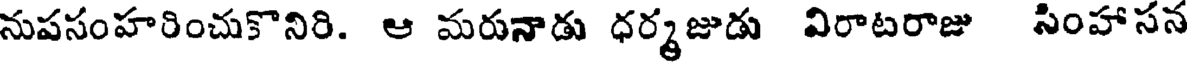
నుపసంహరించుకొనిరి. ఆ మరునాడు ధర్మజుడు విరాటరాజు సింహాసన